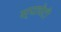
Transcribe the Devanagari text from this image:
स्पाघेटी